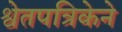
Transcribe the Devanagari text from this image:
श्वेतपत्रिकेने